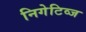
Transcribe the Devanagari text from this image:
निगेटिव्ज